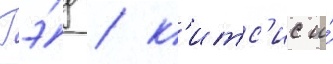
Гэ́д / к'итс'ис и́